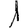
Digit: 1